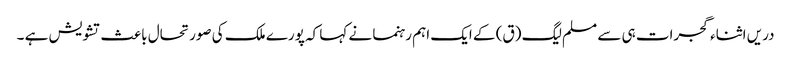
دریں اثناء گجرات ہی سے مسلم لیگ (ق) کے ایک اہم رہنما نے کہا کہ پورے ملک کی صورتحال باعث تشویش ہے ۔